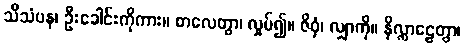
သီသံပန၊ ဦးခေါင်းကိုကား။ စာလေတွာ၊ လှုပ်၍။ ဇိဝှံ၊ လျှာကို။ နိလ္လာဠေတွာ၊